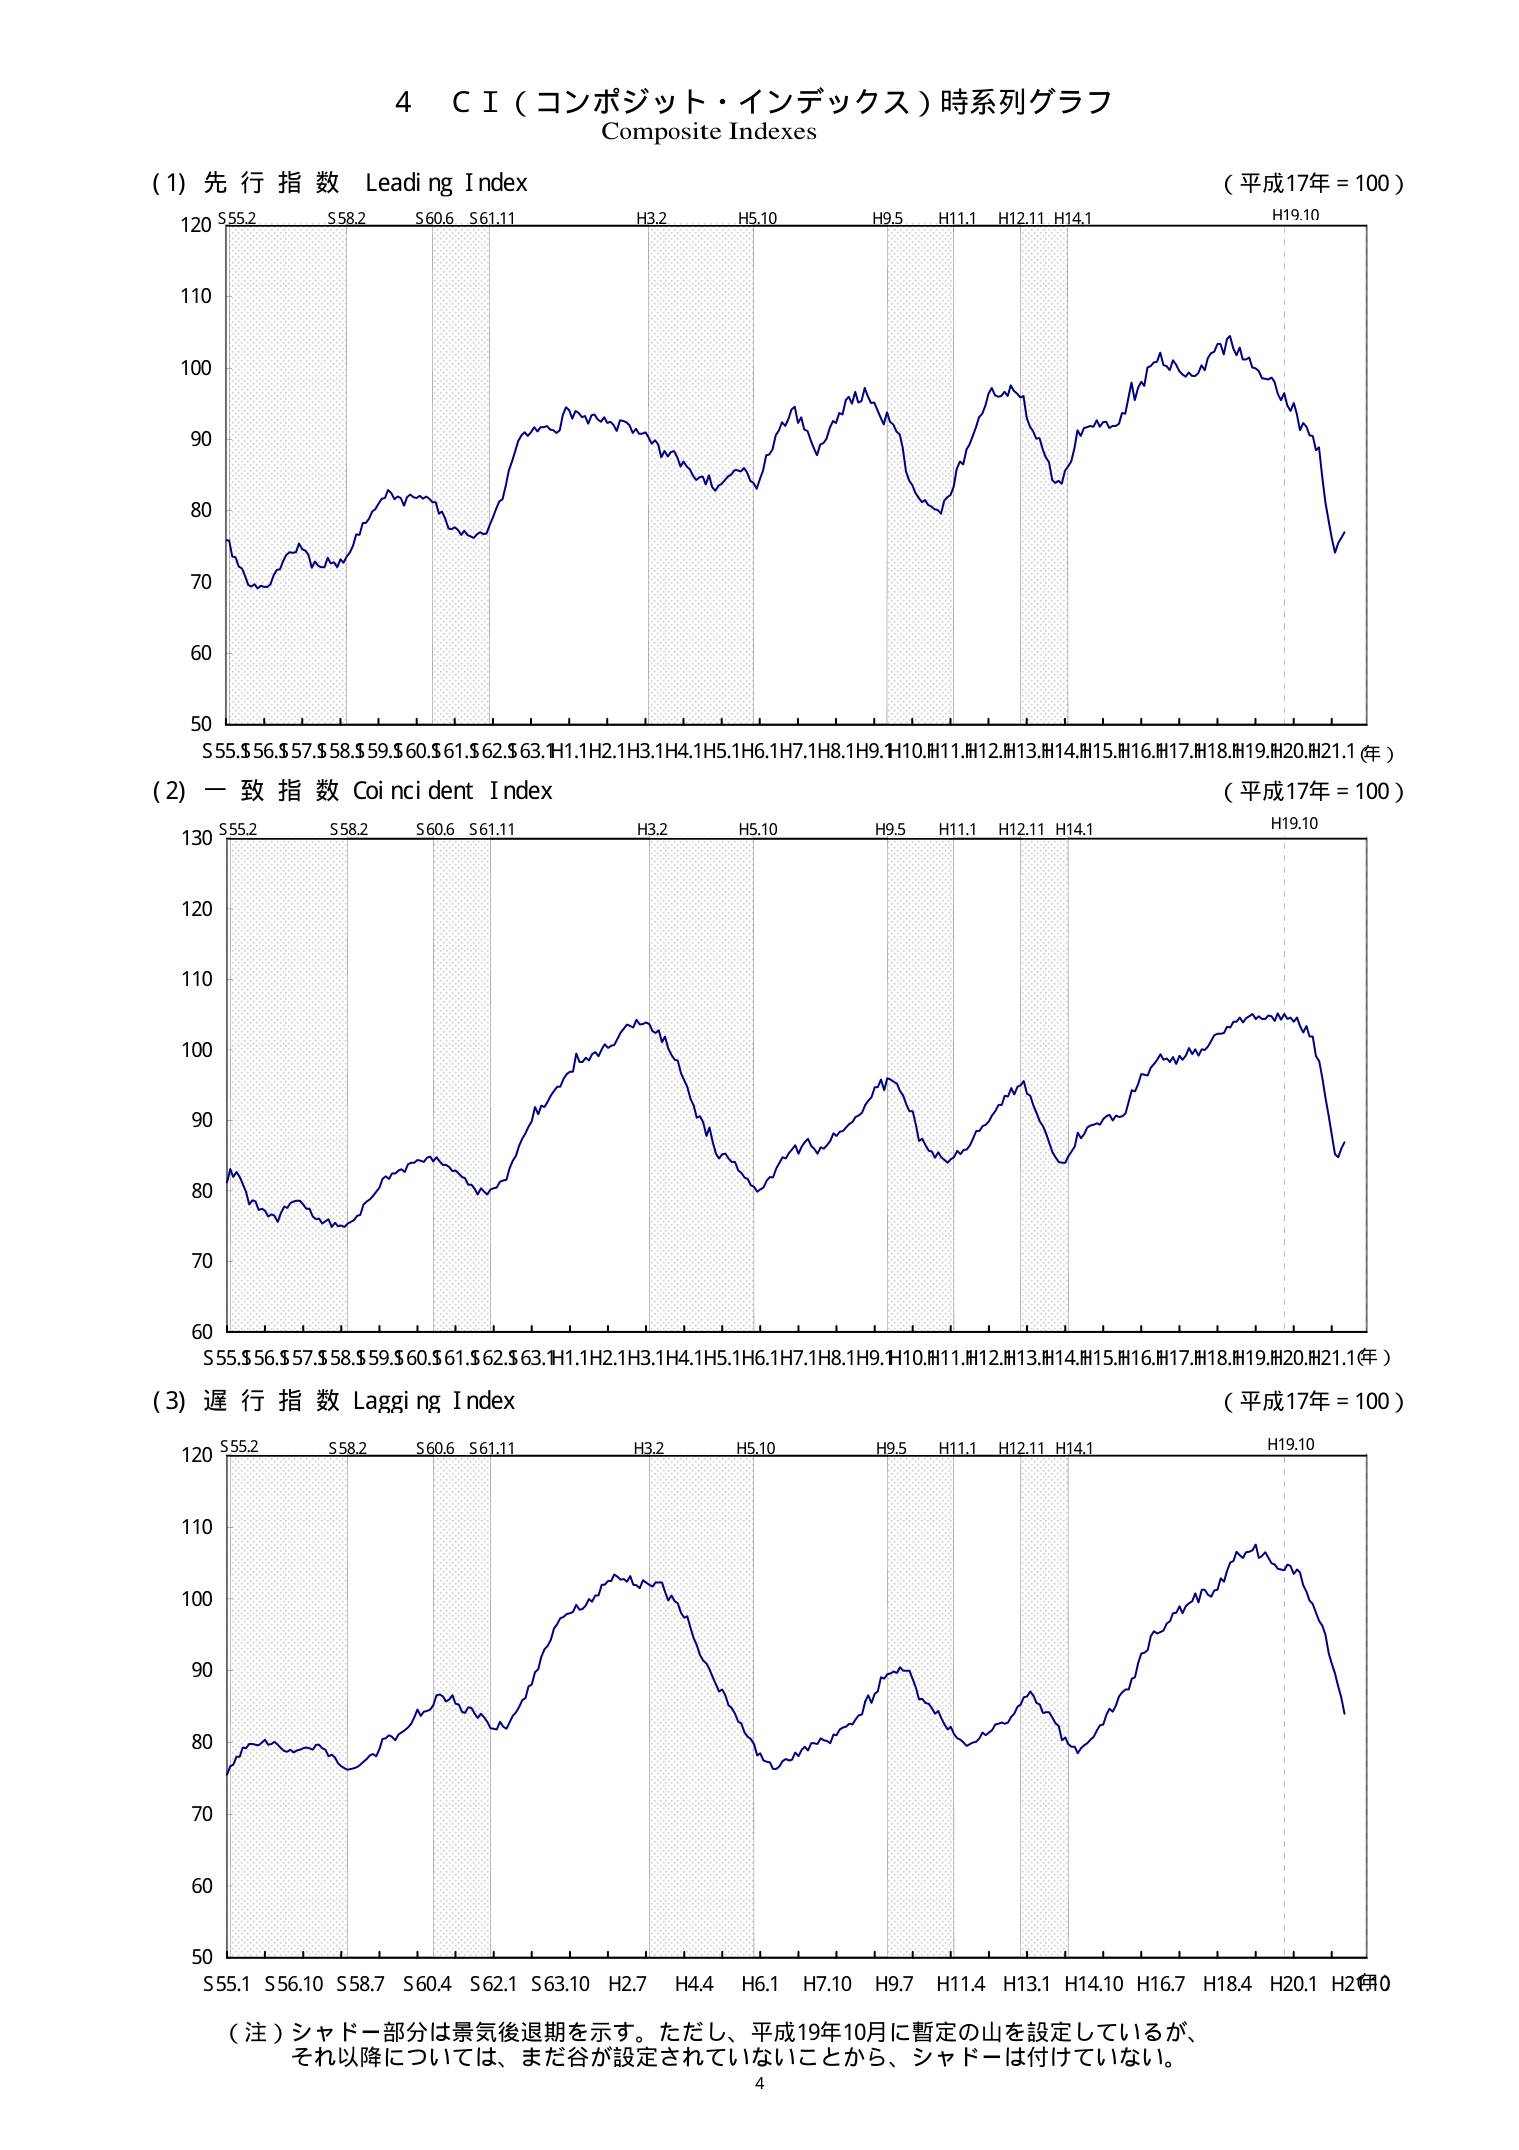
4 C I (コンポジット・インデックス) 時系列グラフ
Composite Indexes

(1) 先行指数 Leading Index
(平成17年 = 100)
120
110
100
90
80
70
60
50
S55.2 S58.2 S60.6 S61.11 H3.2 H5.10 H9.5 H11.1 H12.11 H14.1 H19.10
S55.S56.S57.S58.S59.S60.S61.S62.S63.H1.1H2.1H3.1H4.1H5.1H6.1H7.1H8.1H9.H10.H11.H12.H13.H14.H15.H16.H17.H18.H19.H20.H21.1 (年)

(2) 一致指数 Coincident Index
(平成17年 = 100)
130
120
110
100
90
80
70
60
S55.2 S58.2 S60.6 S61.11 H3.2 H5.10 H9.5 H11.1 H12.11 H14.1 H19.10
S55.S56.S57.S58.S59.S60.S61.S62.S63.H1.1H2.1H3.1H4.1H5.1H6.1H7.1H8.1H9.H10.H11.H12.H13.H14.H15.H16.H17.H18.H19.H20.H21.1 (年)

(3) 遅行指数 Lagging Index
(平成17年 = 100)
120
110
100
90
80
70
60
50
S55.2 S58.2 S60.6 S61.11 H3.2 H5.10 H9.5 H11.1 H12.11 H14.1 H19.10
S55.1 S56.10 S58.7 S60.4 S62.1 S63.10 H2.7 H4.4 H6.1 H7.10 H9.7 H11.4 H13.1 H14.10 H16.7 H18.4 H20.1 H21.10

(注) シャドー部分は景気後退期を示す。ただし、平成19年10月に暫定の山を設定しているが、それ以降については、まだ谷が設定されていないことから、シャドーは付けていない。
4